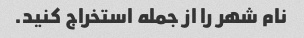
نام شهر را از جمله استخراج کنید.